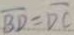
\overline { B D } = \widehat { D C }